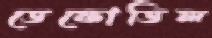
ডেফোডিল